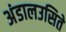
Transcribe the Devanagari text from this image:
अंडालउसिते